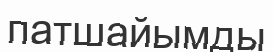
патшайымды